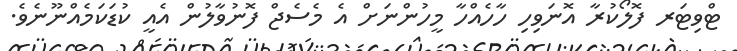
ޓްވިޓަރ ފޮލޯކުރާ އޮނަވިހި ހާހެއްހާ މީހުންނަށް އެ މެސެޖް ފޮނުވާލުން އެއީ ކުޑަކަމެއްނޫނެވެ.